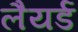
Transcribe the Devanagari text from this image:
लैयर्ड